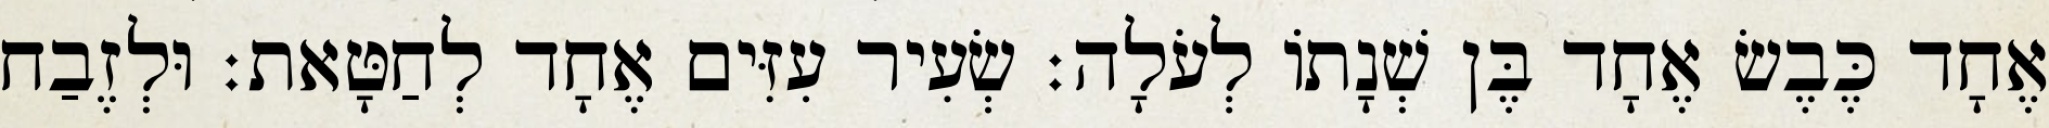
אֶחָד כֶּבֶשׂ אֶחָד בֶּן שְׁנָתוֹ לְעֹלָה׃ שְׂעִיר עִזִּים אֶחָד לְחַטָּאת׃ וּלְזֶבַח